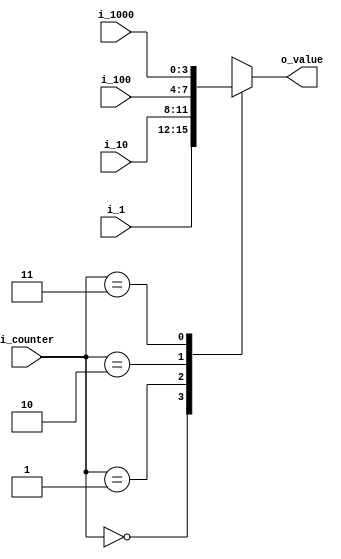
`timescale 1ns / 1ps
//////////////////////////////////////////////////////////////////////////////////
// Company: 
// Engineer: 
// 
// Design Name: 
// Module Name: mux_4x1
// Project Name: 
// Target Devices: 
// Tool Versions: 
// Description: 
// 
// Dependencies: 
// 
// Revision:
// Revision 0.01 - File Created
// Additional Comments:
// 
//////////////////////////////////////////////////////////////////////////////////


module mux_4x1(
        input [3:0] i_1000, i_100, i_10, i_1,
        input [1:0] i_counter,
        
        output[3:0] o_value
    );

    reg [3:0] r_value;
    assign o_value = r_value;

    always @(*) begin
            case (i_counter)
                2'h0 : r_value = i_1;
                2'h1 : r_value = i_10;
                2'h2 : r_value = i_100;
                2'h3 : r_value = i_1000;
            endcase
        end


endmodule